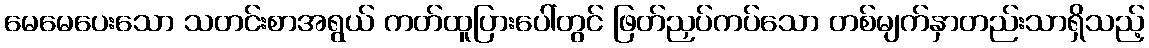
မေမေပေးသော သတင်းစာအရွယ် ကတ်ထူပြားပေါ်တွင် ဖြတ်ညှပ်ကပ်သော တစ်မျက်နှာတည်းသာရှိသည့်